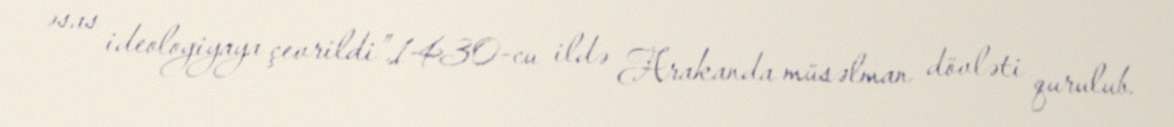
əsas ideologiyaya çevrildi”.1430-cu ildə Arakanda müsəlman dövləti qurulub.